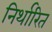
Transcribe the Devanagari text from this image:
निर्थारित